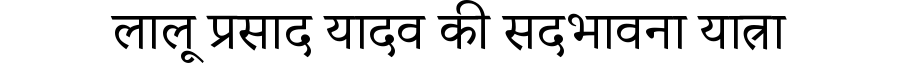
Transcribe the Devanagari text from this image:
लालू प्रसाद यादव की सदभावना यात्रा